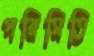
পরিমিতি